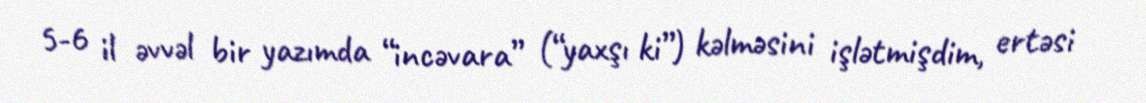
5-6 il əvvəl bir yazımda “incəvara” (“yaxşı ki”) kəlməsini işlətmişdim, ertəsi